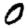
Digit: 0